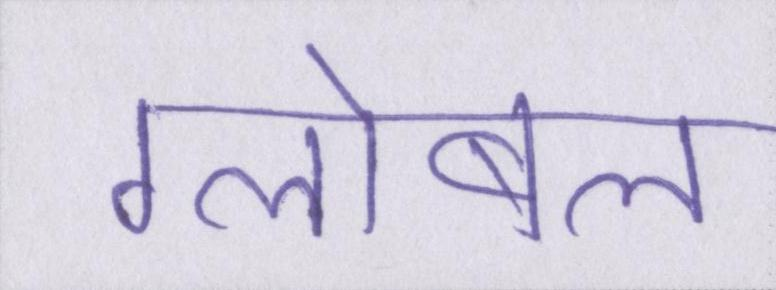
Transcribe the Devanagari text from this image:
ग्लोबल